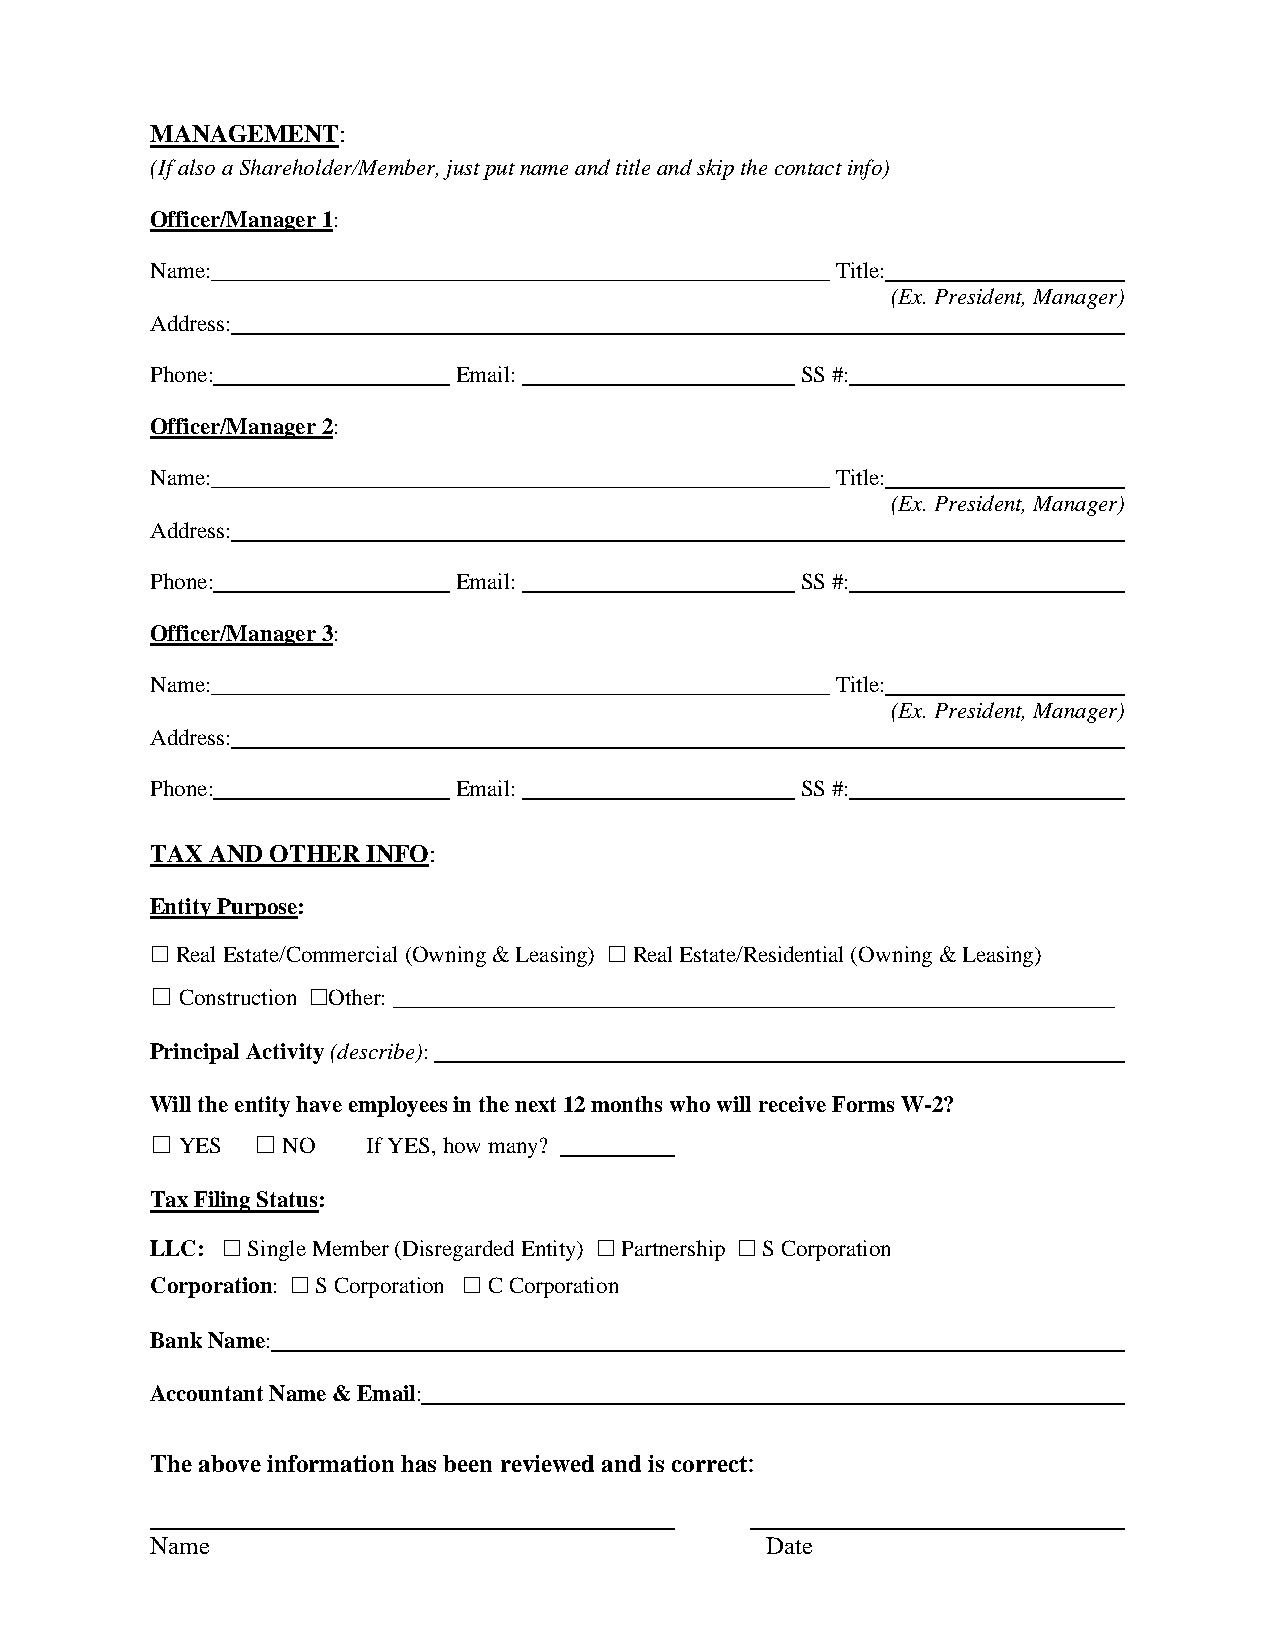
MANAGEMENT:
 (If also a Shareholder/Member, just put name and title and skip the contact info)
 Officer/Manager 1:
 Name:______________________________________________________ Title:
 (Ex. President, Manager)
 Address:
 Phone:              Email:                 SS #:
 Officer/Manager 2:
 Name:______________________________________________________ Title:
 (Ex. President, Manager)
 Address:
 Phone:              Email:                 SS #:
 Officer/Manager 3:
 Name:______________________________________________________ Title:
 (Ex. President, Manager)
 Address:
 Phone:              Email:                 SS #:
 TAX AND OTHER INFO:
 Entity Purpose:
 Real Estate/Commercial (Owning & Leasing) Real Estate/Residential (Owning & Leasing)
 ☐                             ☐
 ☐ Construction Other:_______________________________________________________________
 ☐
 Principal Activity (describe):
 Will the entity have employees in the next 12 months who will receive Forms W-2?
 ☐ YES  ☐ NO   If YES, how many?
 Tax Filing Status:
 LLC:  Single Member (Disregarded Entity) Partnership S Corporation
 ☐                       ☐         ☐
 Corporation: S Corporation C Corporation
 ☐           ☐
 Bank Name:
 Accountant Name & Email:
 The above information has been reviewed and is correct:
 Name                                     Date